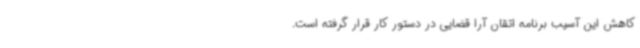
کاهش این آسیب برنامه اتقان آرا قضایی در دستور کار قرار گرفته است.